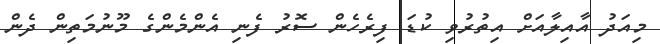
މިއަދު އާއިލާއަށް އިތުރުވި ކުޑަ ފިރެެހެން ސޮރު ފެނި އެންމެންގެ މޫނުމަތިން ދެން